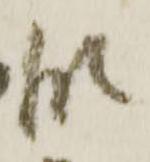
段